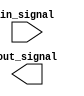
module IO_Block_ECL (
    input in_signal,
    output out_signal
);

    // Input stage
    wire input_stage;
    assign input_stage = in_signal;

    // Input impedance matching
    // Implement input impedance matching logic here

    // High-speed output stage
    wire output_stage;
    assign out_signal = output_stage;

    // ECL-compatible levels for driving external loads
    // Implement high-speed output stage logic here

    // Signal conditioning
    // Implement signal conditioning logic here

    // Fan-out capabilities
    // Implement fan-out logic here

endmodule